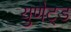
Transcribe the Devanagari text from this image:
युणैट्ड